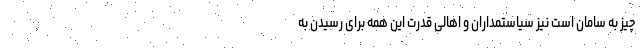
چیز به سامان است نیز سیاستمداران و اهالی قدرت این همه برای رسیدن به